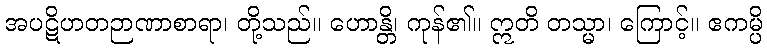
အပဋိဟတဉာဏာစာရာ၊ တို့သည်။ ဟောန္တိ၊ ကုန်၏။ ဣတိ တသ္မာ၊ ကြောင့်။ ဧကမ္ပိ